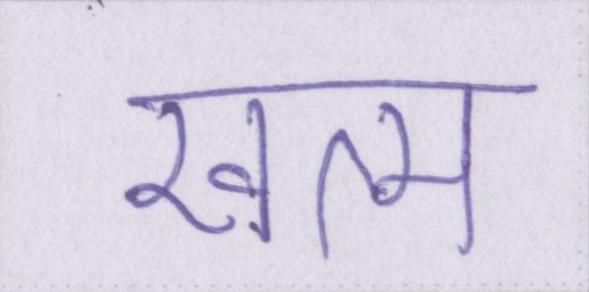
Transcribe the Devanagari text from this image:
खत्म